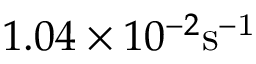
1 . 0 4 \times 1 0 ^ { - 2 } \mathrm { s ^ { - 1 } }